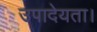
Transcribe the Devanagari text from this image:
उपादेयता।